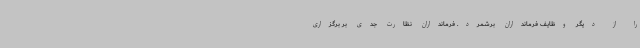
را از دیگر وظایف فرمانداران برشمرد. فرمانداران نظارت جدی بر برگزاری